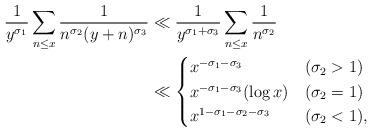
LaTeX: \begin{align*}\frac{1}{y^{\sigma_1}} \sum_{n \leq x} \frac{1}{n^{\sigma_2}(y+n)^{\sigma_3}} &\ll \frac{1}{y^{\sigma_1+\sigma_3}} \sum_{n \leq x} \frac{1}{n^{\sigma_2}} \\&\ll \begin{cases}x^{-\sigma_1-\sigma_3} & (\sigma_2>1) \\x^{-\sigma_1-\sigma_3}(\log x) & (\sigma_2=1) \\x^{1-\sigma_1-\sigma_2-\sigma_3} & (\sigma_2<1), \\\end{cases} \end{align*}